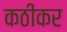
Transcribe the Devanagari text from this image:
कठीकर